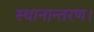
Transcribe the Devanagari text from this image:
स्थानान्तरण।